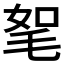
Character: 𣭠